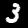
Label: 3